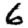
Digit: 6